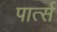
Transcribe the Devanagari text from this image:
पार्त्स